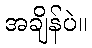
အချိန်ပဲ။